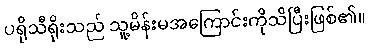
ပရိုသီရိုးသည် သူ့မိန်းမအကြောင်းကိုသိပြီးဖြစ်၏။